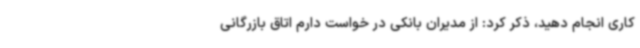
کاری انجام دهید، ذکر کرد: از مدیران بانکی در خواست دارم اتاق بازرگانی